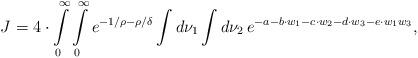
LaTeX: \begin{align*}J=4\cdot \int\limits_0^\infty\int\limits_0^\infty e^{-1/\rho-\rho /\delta}\int d\nu_1 \int d\nu_2 \, e^{-a-b\cdot w_1-c\cdot w_2-d\cdot w_3-e\cdot w_1w_3},\end{align*}